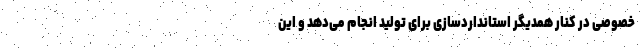
خصوصی در کنار همدیگر استانداردسازی برای تولید انجام می‌دهد و این